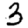
Digit: 3